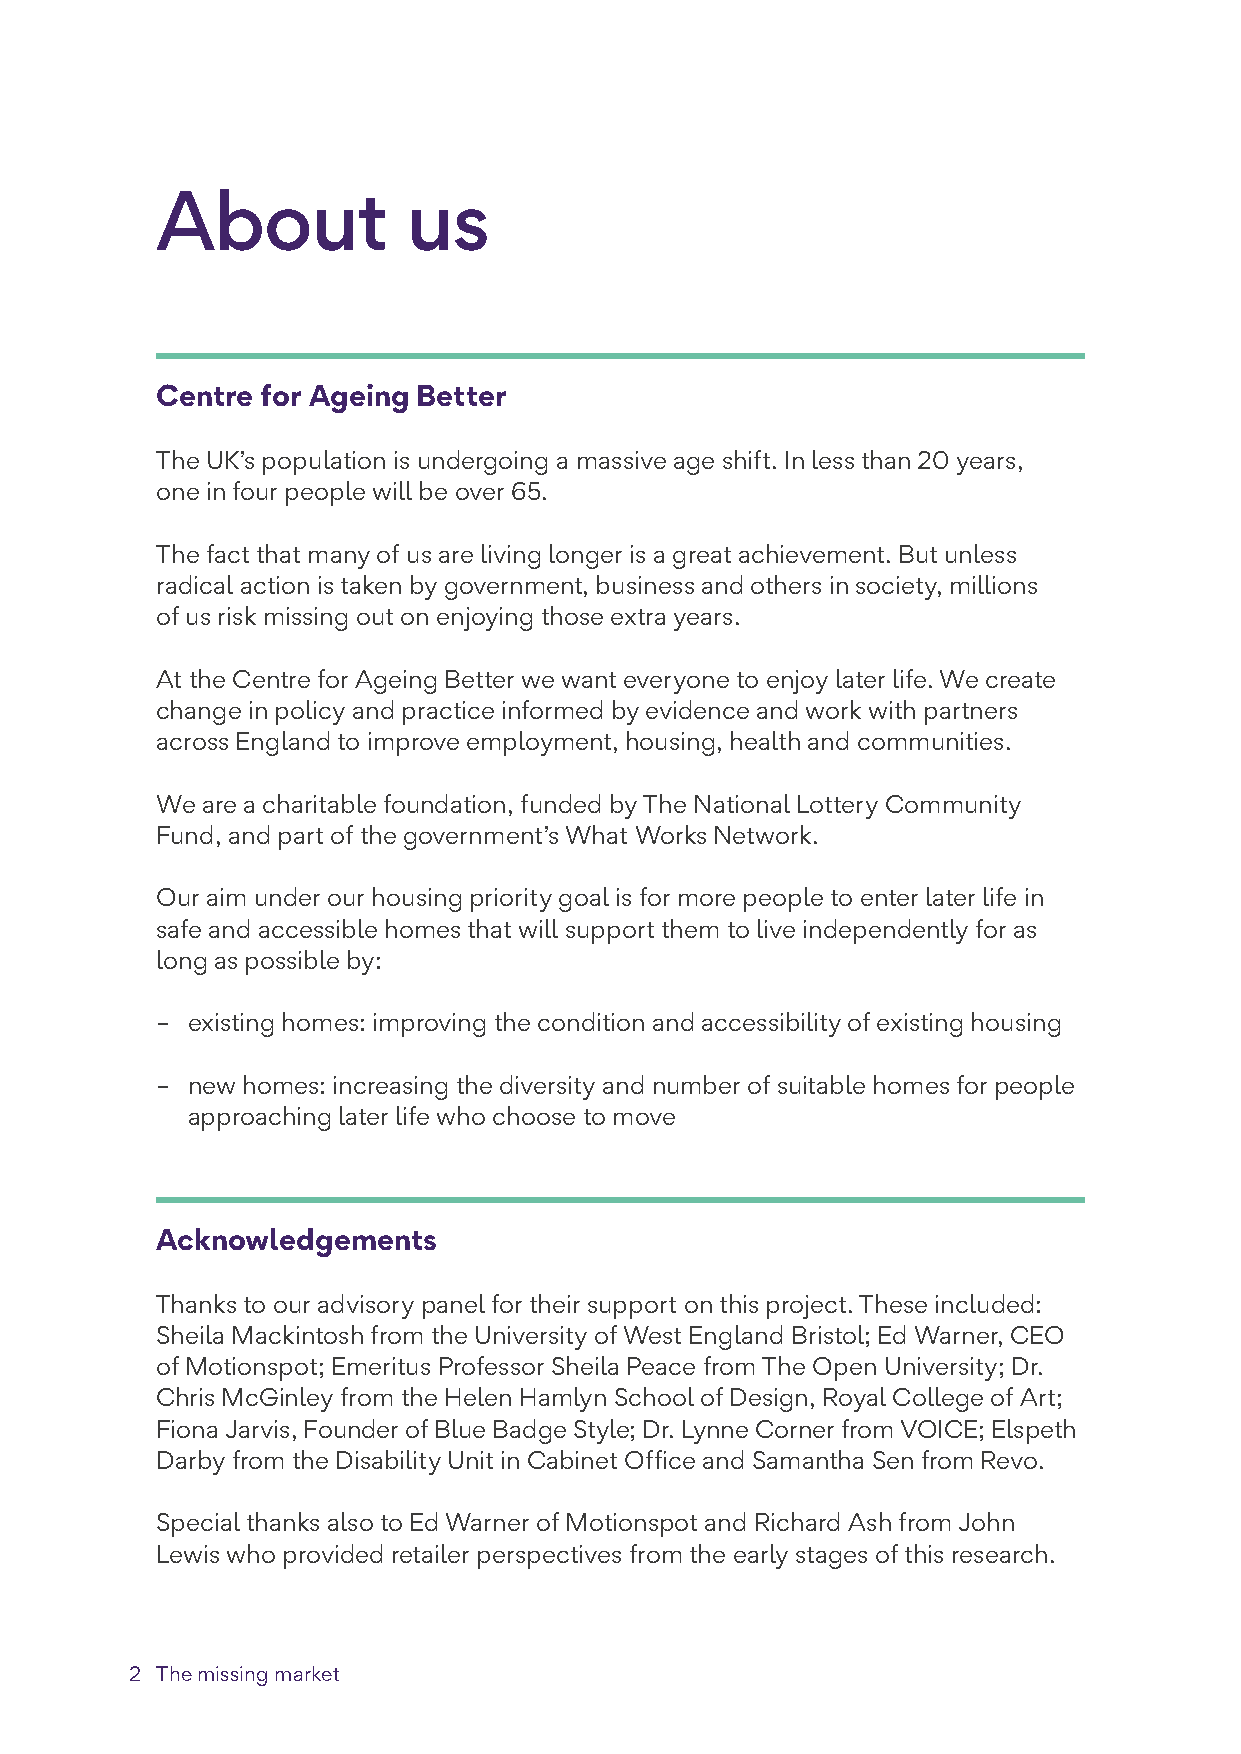
About            us
 Centre for Ageing Better
 The UK’s population is undergoing a massive age shift. In less than 20 years,
 one in four people will be over 65.
 The fact that many of us are living longer is a great achievement. But unless
 radical action is taken by government, business and others in society, millions
 of us risk missing out on enjoying those extra years.
 At the Centre for Ageing Better we want everyone to enjoy later life. We create
 change in policy and practice informed by evidence and work with partners
 across England to improve employment, housing, health and communities.
 We are a charitable foundation, funded by The National Lottery Community
 Fund, and part of the government’s What Works Network.
 Our aim under our housing priority goal is for more people to enter later life in
 safe and accessible homes that will support them to live independently for as
 long as possible by:
 – existing homes: improving the condition and accessibility of existing housing
 – new homes: increasing the diversity and number of suitable homes for people
 approaching later life who choose to move
 Acknowledgements
 Thanks to our advisory panel for their support on this project. These included:
 Sheila Mackintosh from the University of West England Bristol; Ed Warner, CEO
 of Motionspot; Emeritus Professor Sheila Peace from The Open University; Dr.
 Chris McGinley from the Helen Hamlyn School of Design, Royal College of Art;
 Fiona Jarvis, Founder of Blue Badge Style; Dr. Lynne Corner from VOICE; Elspeth
 Darby from the Disability Unit in Cabinet Office and Samantha Sen from Revo.
 Special thanks also to Ed Warner of Motionspot and Richard Ash from John
 Lewis who provided retailer perspectives from the early stages of this research.
 2 The missing market